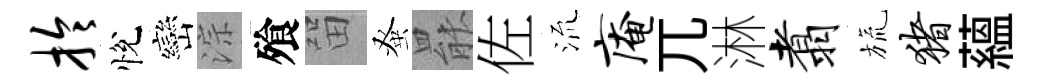
拎悅巒淙飱㽞𫊫罷佐𣴑庵兀淋翥旒猪蘊